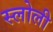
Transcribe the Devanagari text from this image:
स्लोली